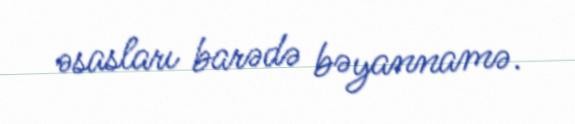
əsasları barədə bəyannamə.